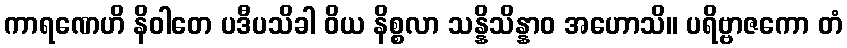
ကာရဏေဟိ နိဝါတေ ပဒီပသိခါ ဝိယ နိစ္စလာ သန္နိသိန္နာဝ အဟောသိ။ ပရိဗ္ဗာဇကော တံ